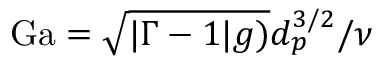
\mathrm { G a } = \sqrt { | \Gamma - 1 | g ) } d _ { p } ^ { 3 / 2 } / \nu